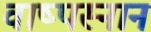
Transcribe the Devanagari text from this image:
वाष्पस्नान